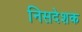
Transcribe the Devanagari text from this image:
निसदेशक